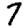
Digit: 7